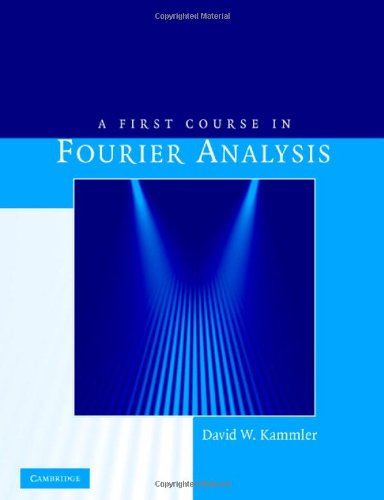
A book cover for A First Course in Fourier Analysis; David W. Kammler; Science & Math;